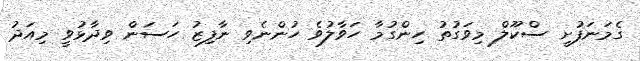
ގެމަނަފުށީ ސްކޫލް މިވަގުތު ހިންގުމާ ހަވާލުވެ ހުންނެވި ނާފިޒު ހަސަން ވިދާޅުވީ މިއަދު